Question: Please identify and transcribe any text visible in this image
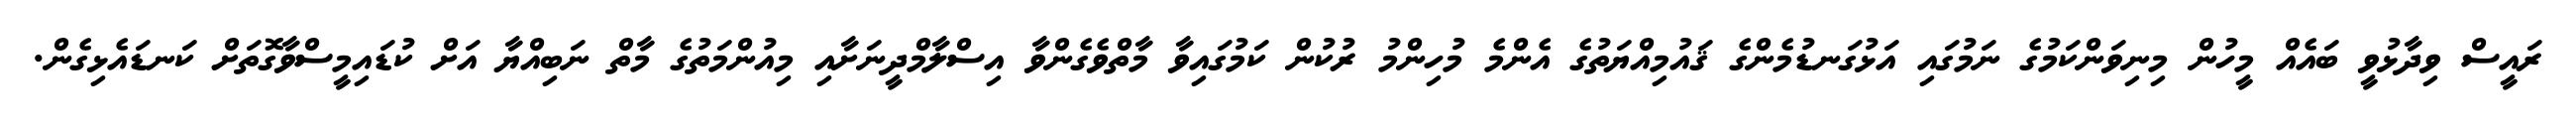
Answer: ރައީސް ވިދާޅުވީ ބައެއް މީހުން މިނިވަންކަމުގެ ނަމުގައި އަޅުގަނޑުމެންގެ ޤައުމިއްޔަތުގެ އެންމެ މުހިންމު ރުކުން ކަމުގައިވާ މާތްވެގެންވާ އިސްލާމްދީނަށާއި މިއުންމަތުގެ މާތް ނަބިއްޔާ އަށް ކުޑައިމީސްވާގޮތަށް ކަނޑައެޅިގެން.